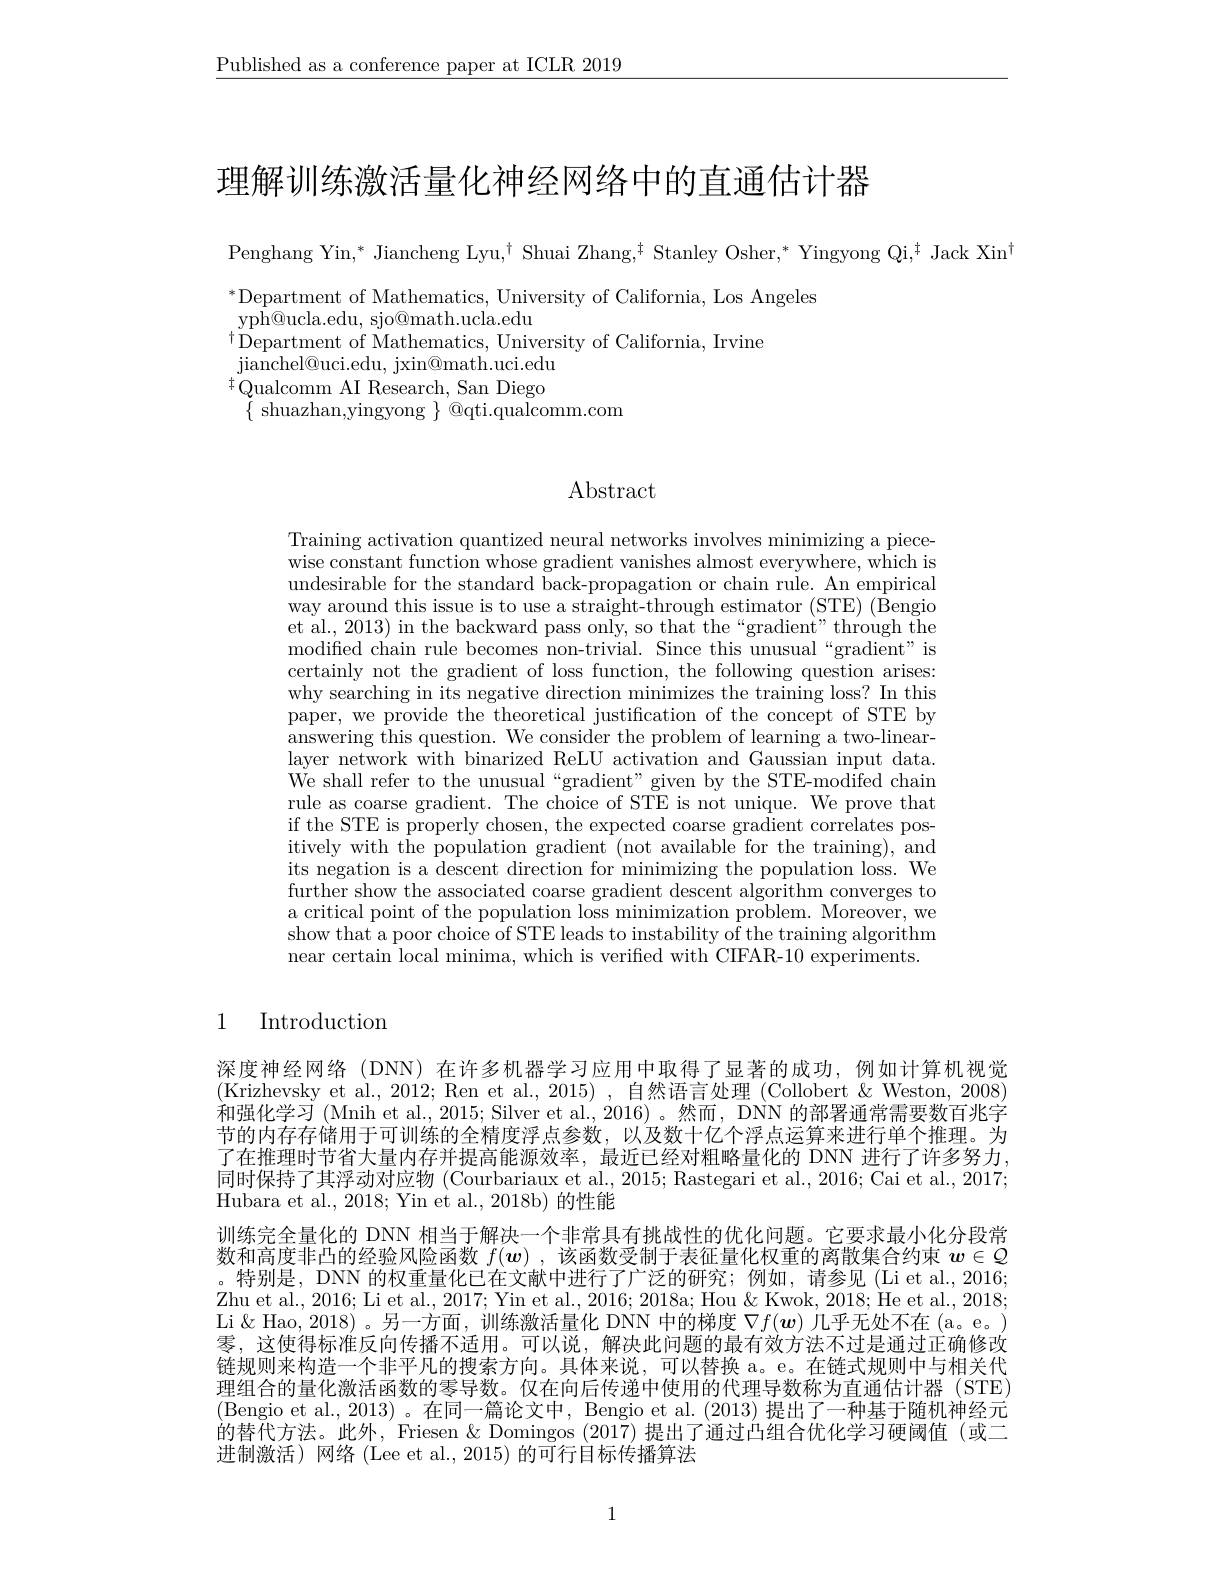
$\underline{\text{Published as a conference paper at ICLR 2019}}$

理解训练激活量化神经网络中的直通估计器

Penghang Yin, * Jiancheng Lyu,$^\dagger$ Shuai Zhang,$^\dagger$ Stanley Osher,* Yingyong Qi,$^\dagger$ Jack Xin$^\dagger$

$^*$Department of Mathematics, University of California, Los Angeles
yph@ ucla. edu, sjo@ math. ucla. edu
$^{\dagger}$Department of Mathematics, University of California, Irvine
jianchel@ uci. edu, jxin@ math. uci. edu $^{\ddagger}$Qualcomm AI Research, San Diego $\{$ shuazhan,yingyong $\}$ @qti.qualcomm.com

# Abstract

Training activation quantized neural networks involves minimizing a piecewise constant function whose gradient vanishes almost everywhere, which is undesirable for the standard back-propagation or chain rule. An empirical way around this issue is to use a straight-through estimator (STE) (Bengio et al., 2013) in the backward pass only, so that the“gradient”through the modified chain rule becomes non-trivial. Since this unusual“gradient”is certainly not the gradient of loss function, the following question arises: why searching in its negative direction minimizes the training loss? In this paper, we provide the theoretical justification of the concept of STE by answering this question. We consider the problem of learning a two-linearlayer network with binarized ReLU activation and Gaussian input data. We shall refer to the unusual“gradient”given by the STE-modifed chain rule as coarse gradient. The choice of STE is not unique. We prove that if the STE is properly chosen, the expected coarse gradient correlates positively with the population gradient (not available for the training), and its negation is a descent direction for minimizing the population loss. We further show the associated coarse gradient descent algorithm converges to a critical point of the population loss minimization problem. Moreover, we show that a poor choice of STE leads to instability of the training algorithm near certain local minima, which is verified with CIFAR-10 experiments.

# 1 Introduction

深度神经网络(DNN)在许多机器学习应用中取得了显著的成功，例如计算机视觉(Krizhevsky et al., 2012; Ren et al., 2015), 自然语言处理 (Collobert &Weston, 2008) 和强化学习 (Mnih et al., 2015; Silver et al., 2016) 。然而，DNN 的部署通常需要数百兆字节的内存存储用于可训练的全精度浮点参数，以及数十亿个浮点运算来进行单个推理。为了在推理时节省大量内存并提高能源效率，最近已经对粗略量化的 DNN 进行了许多努力， 同时保持了其浮动对应物 (Courbariaux et al., 2015; Rastegari et al., 2016; Cai et al., 2017; Hubara et al., 2018; Yin et al., 2018b) 的性能
训练完全量化的 DNN 相当于解决一个非常具有挑战性的优化问题。它要求最小化分段常数和高度非凸的经验风险函数$f(\boldsymbol{w})$,该函数受制于表征量化权重的离散集合约束$w\in\mathcal{Q}$ 。特别是，DNN 的权重量化已在文献中进行了广泛的研究；例如，请参见(Li et al.,2016; Zhu et al., 2016; Li et al., 2017; Yin et al., 2016; 2018a; Hou & Kwok, 2018; He et al., 2018; Li & Hao, 2018)。另一方面，训练激活量化 DNN 中的梯度$\nabla f(\boldsymbol{w})$几乎无处不在 (a。e。) 零，这使得标准反向传播不适用。可以说，解决此问题的最有效方法不过是通过正确修改链规则来构造一个非平凡的搜索方向。具体来说，可以替换 a。e。在链式规则中与相关代理组合的量化激活函数的零导数。仅在向后传递中使用的代理导数称为直通估计器 (STE) (Bengio et al., 2013) 。在同一篇论文中，Bengio et al. (2013) 提出了一种基于随机神经元的替代方法。此外，Friesen & Domingos (2017) 提出了通过凸组合优化学习硬阈值 (或二进制激活)网络(Lee et al., 2015)的可行目标传播算法

1